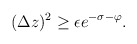
\begin{align*}(\Delta z)^2\ge \epsilon e^{-\sigma-\varphi}.\end{align*}